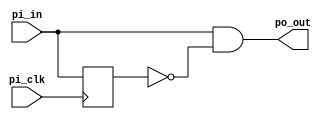
/* module diff (
    // input ports
    input pi_clk,
    input pi_rst,
    input pi_in,

    // output ports
    output reg po_out
);

reg old_in;

always @(posedge pi_clk, posedge pi_rst) begin
    if (pi_rst == 1)
    begin
        old_in <= 0;
        po_out <= 0;
    end
    else
    begin
        old_in <= pi_in;
        if (old_in == 0 && pi_in == 1)
            po_out <= 1;
        else
            po_out <= 0;
    end
end

endmodule */

module diff (
    input pi_clk,
    input pi_in,

    output po_out
);

reg sig_dly;

always @(posedge pi_clk)
begin
    sig_dly <= pi_in;
end

assign po_out = pi_in & ~sig_dly;

endmodule